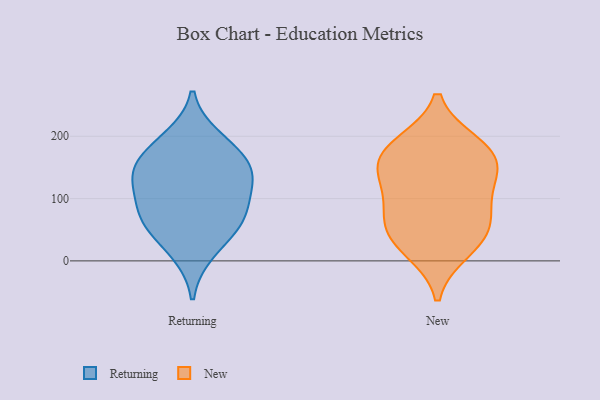
{"axis": {"x": "Energy Usage (MWh)", "y": "Value"}, "legend": ["New", "Returning"], "data": [{"x": "", "y": 13, "type": "Returning"}, {"x": "", "y": 70, "type": "Returning"}, {"x": "", "y": 121, "type": "Returning"}, {"x": "", "y": 146, "type": "Returning"}, {"x": "", "y": 151, "type": "Returning"}, {"x": "", "y": 137, "type": "Returning"}, {"x": "", "y": 60, "type": "Returning"}, {"x": "", "y": 95, "type": "Returning"}, {"x": "", "y": 179, "type": "Returning"}, {"x": "", "y": 197, "type": "Returning"}, {"x": "", "y": 59, "type": "Returning"}, {"x": "", "y": 17, "type": "New"}, {"x": "", "y": 166, "type": "New"}, {"x": "", "y": 182, "type": "New"}, {"x": "", "y": 32, "type": "New"}, {"x": "", "y": 53, "type": "New"}, {"x": "", "y": 136, "type": "New"}, {"x": "", "y": 119, "type": "New"}, {"x": "", "y": 187, "type": "New"}, {"x": "", "y": 66, "type": "New"}, {"x": "", "y": 84, "type": "New"}, {"x": "", "y": 155, "type": "New"}]}